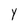
Character: Y